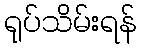
ရုပ်သိမ်းရန်